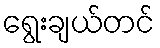
ရွေးချယ်တင်